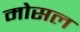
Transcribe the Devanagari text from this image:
मोसल